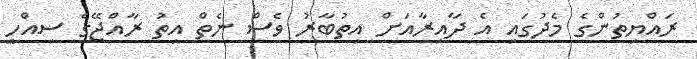
ރައްޔިތުންގެ މެދުގައި އެ ދާއިރާއަށް އިތުބާރު ވެސް ނެތް އިތު ރާއްޖޭގެ ސިއްހީ